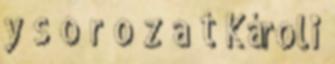
y s o r o z a t Károli